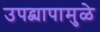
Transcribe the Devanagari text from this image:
उपद्व्यापामुळे